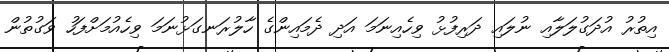
އިތުރު އުދަގުލަލާއި ނުލައި ދަރިފުޅު ވިހެއިނަމަ އަދި ދެމައިންގެ ހާލުރަނގަޅުނަމަ ވިހެއުމަށްފަހު ވަގުތުން